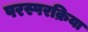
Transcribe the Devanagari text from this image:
परस्परक्रिया